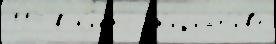
114 в н'икто́ ин'ициат'и́в'е